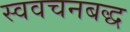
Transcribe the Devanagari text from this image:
स्ववचनबद्ध